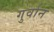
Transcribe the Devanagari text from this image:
गुर्वान